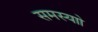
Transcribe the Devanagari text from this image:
समस्याो